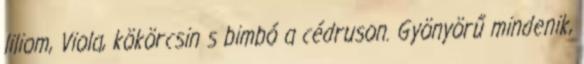
liliom, Viola, kökörcsin s bimbó a cédruson. Gyönyörű mindenik,